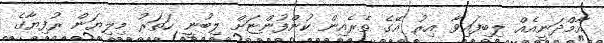
އާމްދަނީއެއް ލިބިފައިވާ އިރު އޭގެ ތެރެއިން ކުންފުންޏަށް ލިބުނީ ހަތަރު މިލިޔަން ރުފިޔާގެ